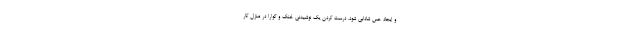
و ایجاد حس شادابی شود. درست کردن یک نوشیدنی خنک و گوارا در منزل کار